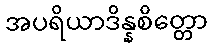
အပရိယာဒိန္နစိတ္တော